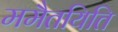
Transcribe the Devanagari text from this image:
ममैतयिति